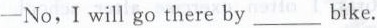
-No,Iwill go there by___ bike.